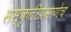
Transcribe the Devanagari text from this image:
संस्कृतीप्रमाणेच